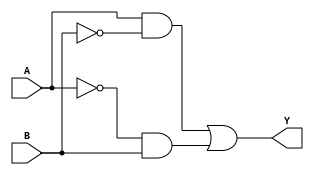
module xor_gate(
    input A,
    input B,
    output Y
);

wire A_inv, B_inv;

assign A_inv = ~A;
assign B_inv = ~B;

assign Y = (A & B_inv) | (A_inv & B);

endmodule